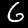
Label: 6